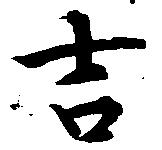
吉